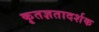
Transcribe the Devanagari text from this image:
कृतज्ञतादर्शक